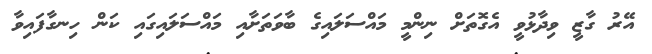
އޭރު ގާޒީ ވިދާޅުވީ އެގޮތަށް ނިންމީ މައްސަލައިގެ ބާވަތަށާއި މައްސަލައިގައި ކަން ހިނގާފައިވާ